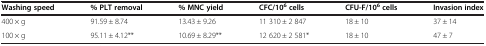
<table><thead><tr><td><b>Washing speed</b></td><td><b>% PLT removal</b></td><td><b>% MNC yield</b></td><td><b>CFC/10<sup>6</sup>cells</b></td><td><b>CFU-F/10<sup>6</sup>cells</b></td><td><b>Invasion index</b></td></tr></thead><tbody><tr><td>400 × g</td><td>91.59 ± 8.74</td><td>13.43 ± 9.26</td><td>11 310 ± 2 847</td><td>18 ± 10</td><td>37 ± 14</td></tr><tr><td>100 × g</td><td>95.11 ± 4.12**</td><td>10.69 ± 8.29**</td><td>12 620 ± 2 581*</td><td>18 ± 10</td><td>47 ± 7</td></tr></tbody></table>